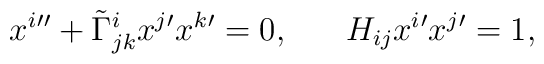
x^{i}{''}+\tilde{\Gamma}^{i}_{jk}x^{j}{'}x^{k}{'}=0,\;\;\;\;\;\;H_{ij}x^{i}{'}x^{j}{'}=1,